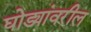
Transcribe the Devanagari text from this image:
घोड्यांवरील